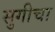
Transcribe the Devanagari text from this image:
सुगीचा